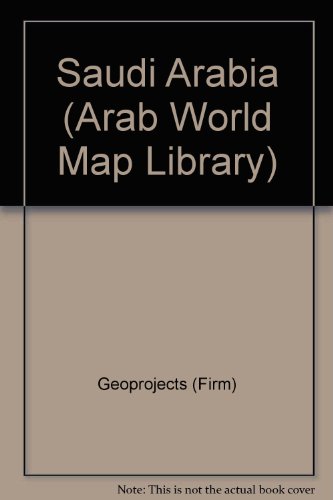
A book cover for Saudi Arabia (Arab World Map Library); Geoprojects (Firm); Travel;